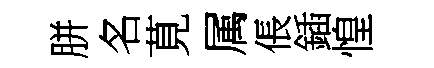
胼名莧属倀鍤惶